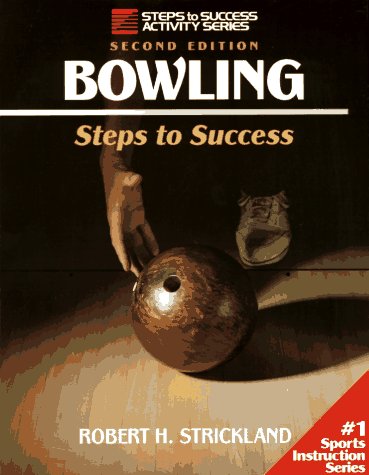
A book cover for Bowling-2nd Edition: Steps to Success; Bob Strickland; Sports & Outdoors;